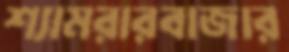
শ্যামরারবাজার